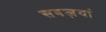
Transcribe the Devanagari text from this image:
सबज़यां